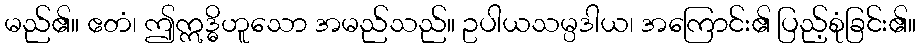
မည်၏။ ဧတံ၊ ဤဣဒ္ဓိဟူသော အမည်သည်။ ဥပါယသမ္ပဒါယ၊ အကြောင်း၏ ပြည့်စုံခြင်း၏။